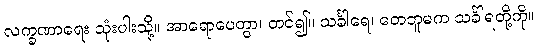
လက္ခဏာရေး သုံးပါးသို့။ အာရောပေတွာ၊ တင်၍။ သင်္ခါရေ၊ တေဘူမက သင်္ခါရတို့ကို။